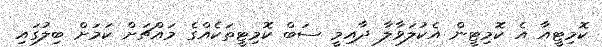
ކޮމިޓީއާ އެ ކޮމިޓީން އެކުލަވާލާ ދާއިމީ ސަބް ކޮމިޓީތަކެއްގެ މައްޗަށް ކަމަށް ބިލުގައި